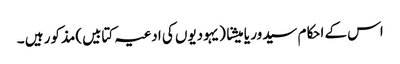
اس کے احکام سیدور یا میشنا (یہودیوں کی ادعیہ کتابیں)مذکور ہیں ۔